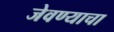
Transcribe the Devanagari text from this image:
जेवण्याचा